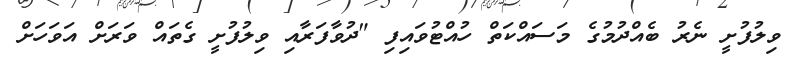
ވިލުފުށީ ނެރު ބެއްދުމުގެ މަސައްކަތް ހުއްޓުވައިފި "ދުވާފަރާއި ވިލުފުށީ ގެތައް ވަރަށް އަވަހަށް